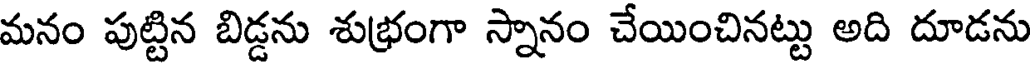
మనం పుట్టిన బిడ్డను శుభ్రంగా స్నానం చేయించినట్టు అది దూడను